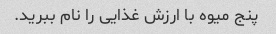
پنج میوه با ارزش غذایی را نام ببرید.